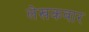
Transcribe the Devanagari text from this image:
लेखकवार